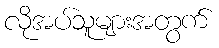
လိုအပ်သူများအတွက်